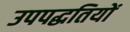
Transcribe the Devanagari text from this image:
उपपद्धतियों